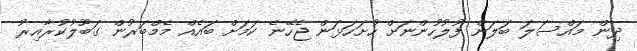
ދިން މައްސަލަ ބަލަން ފުލުހުންނަށް ހުށަހަޅަން ޖެހޭނެ ކަމަށް ބައެއް މެމްބަރުން ގަބޫލުކުރާއިރު